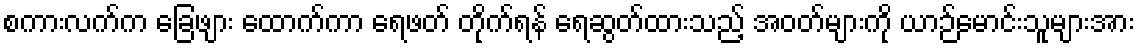
စကားလက်က ခြေဖျား ထောက်ကာ ရေဖတ် တိုက်ရန် ရေဆွတ်ထားသည့် အဝတ်များကို ယာဉ်မောင်းသူများအား